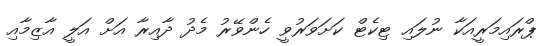
ޕްރައިމަރީއަކާ ނުލައި ޓިކެޓް ކަށަވަރުވީ ހެންވޭރު މެދު ދާއިރާ އަށް އަލީ އާޒިމާއި